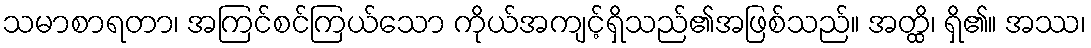
သမာစာရတာ၊ အကြင်စင်ကြယ်သော ကိုယ်အကျင့်ရှိသည်၏အဖြစ်သည်။ အတ္ထိ၊ ရှိ၏။ အဿ၊